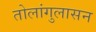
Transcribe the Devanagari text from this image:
तोलांगुलासन